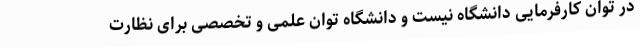
در توان کارفرمایی دانشگاه نیست و دانشگاه توان علمی و تخصصی برای نظارت